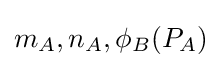
m_{A},n_{A},\phi _{B}(P_{A})